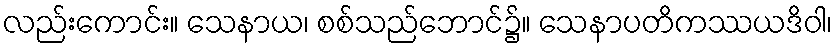
လည်းကောင်း။ သေနာယ၊ စစ်သည်ဘောင်၌။ သေနာပတိကဿယဒိဝါ၊